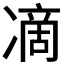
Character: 𭂞